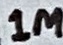
Text: 1M